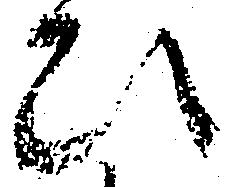
ひ